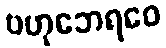
ဗဟုဘေရဝေ